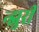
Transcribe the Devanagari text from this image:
न्झुरी